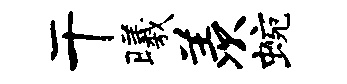
干曦羡蜿